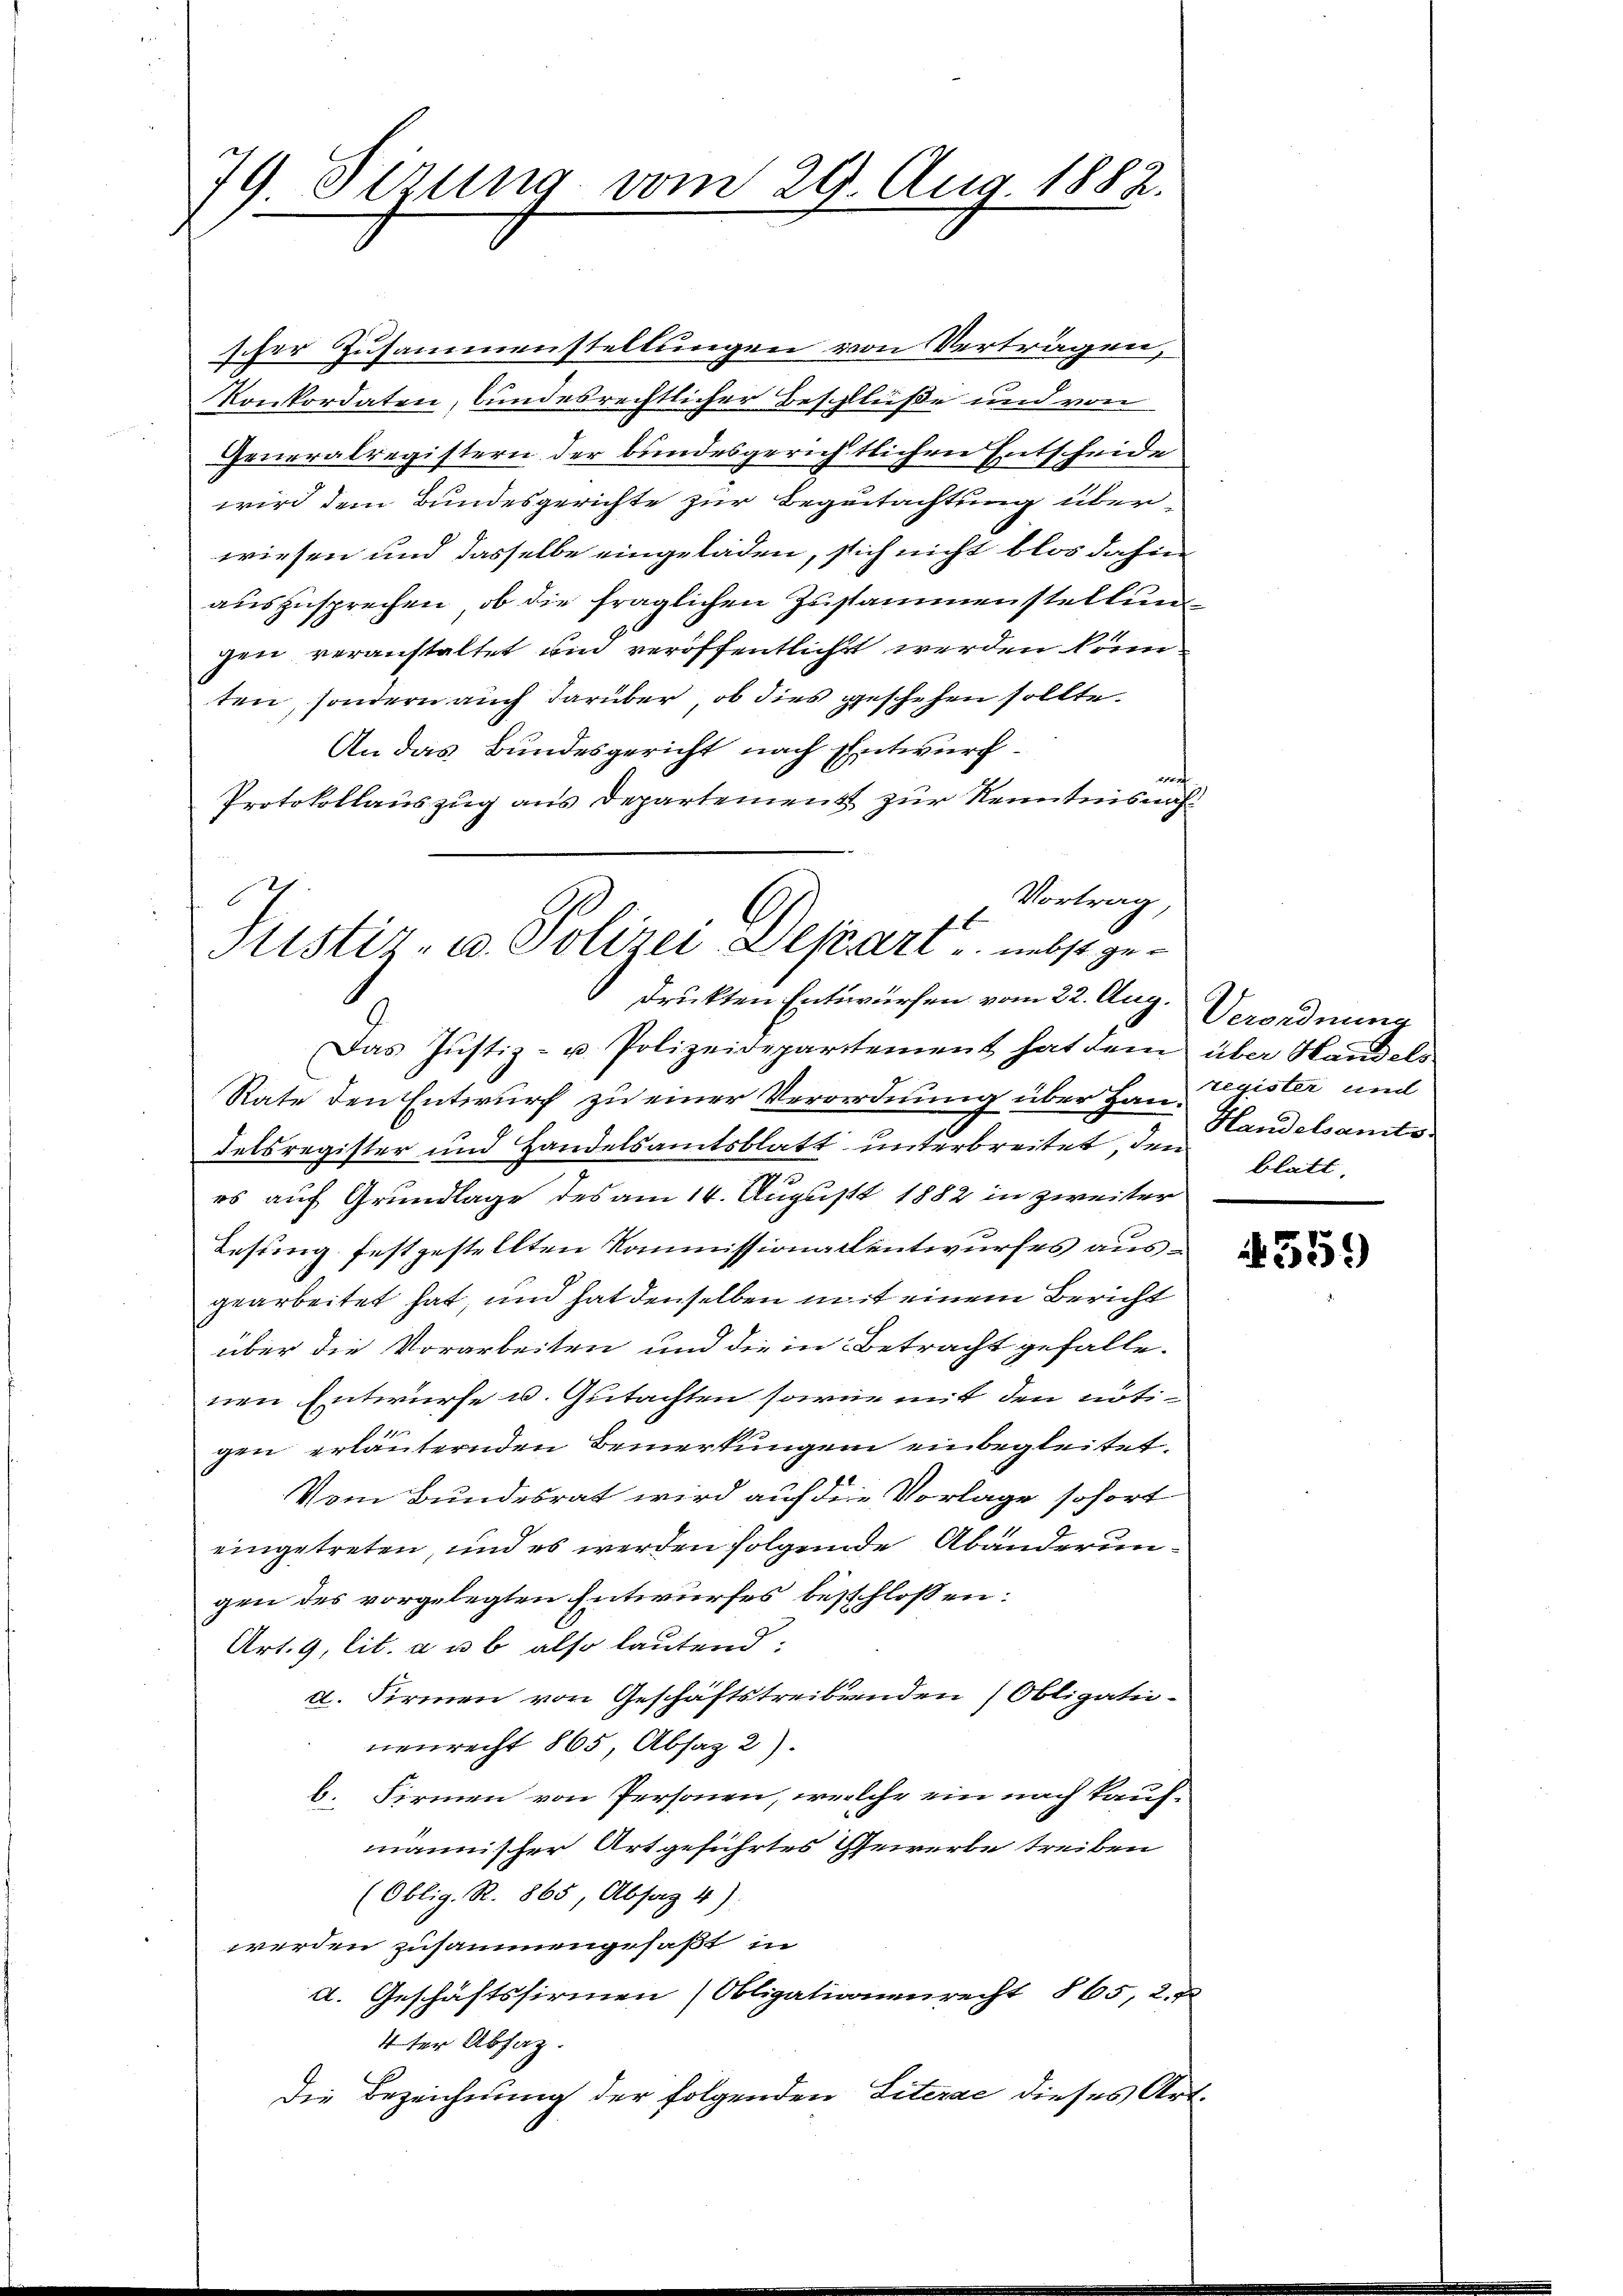
79 Sirung vom 29. Aug. 1882.

Justiz- u. Polizei-Depart u. nebst gedruckten Entwürfen vom 22. Aug. Verordnung

scher Zusammenstellungen von Verträgen,
Konkordaten, bundesrechtlicher Beschlüße und von
Generalregistern der bundesgerichtlichen Entscheide
wird dem Bundesgerichte zur Beguitachtung überwiesen und dasselbe eingeladen, sich nicht blos dahin
auszusprechen, ob die fraglichen Zusammenstellung
gen veranstaltet und veröffentlicht werden könn.
ten, sondern auch darüber, ob dies geschehen sollte.
An das Bundesgericht nach Entwurf
auf
Protokollauszug aus Departement zur Kenntnisnah¬
Vortrag,
1x

Das Justiz- u. Polizeidepartement hat dem über Handels
Rate den Entwurf zu einer Verordnung über Hau-Exister and
delsregister und Handelsamtsblatt unterbreitet, den Blatt
es auf Grundlage des am 14. August 1882 in zweiter
Lesung festgestellten Kommissionallentwurfes ausgearbeitet hat, und hat denselben mit einem Bericht
über die Vorarbeiten und die in Betracht gefallenen Entwurfe u. Gutachten sowie mit den nöti-
gen erläuternden Bemerkungen einbegleitet.
Vom Bundesrat wird auf die Vorlage sofort
eingetreten, und es werden folgende Abänderungen des vorgelegten Entwurfes beschlossen:
Art. 9, lit. a u b also lautend:
u. Firmen von Geschäftstreibenden (Obligationenrecht 865 Absatz 2).
. Firmen von Personen, welche ein nach kaufmännischer Art geführtes Gewerbe treiben
(Oblig. R. 865, Absaz 4):
werden zusammengefaßt, in
a. Geschäftsfirmen (Obligationenrecht § 65, 2. J
4ter Abfaz.
Die Bezeichnung der folgenden Literae dieses Art.

Handelsamts

559)